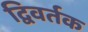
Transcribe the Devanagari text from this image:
द्विवर्तक